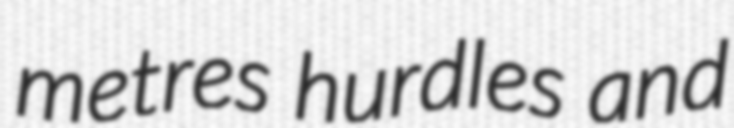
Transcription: metres hurdles and